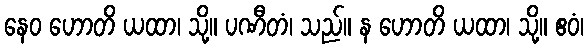
နေဝ ဟောတိ ယထာ၊ သို့။ ပဏီတံ၊ သည်။ န ဟောတိ ယထာ၊ သို့။ ဧဝံ၊